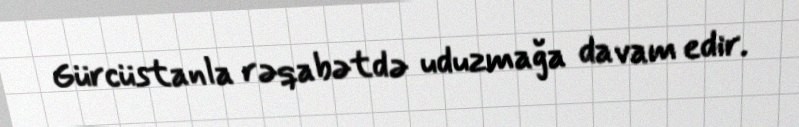
Gürcüstanla rəqabətdə uduzmağa davam edir.